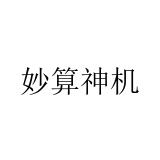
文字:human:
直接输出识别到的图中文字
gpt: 妙算神机